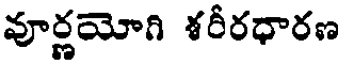
వూర్ణయోగి శరీరధారణ